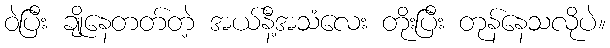
ဝဲပြီး ချိုနေတတ်တဲ့ အယ်နီ့အသံလေး တိုးပြီး တုန်နေသလိုပဲ။